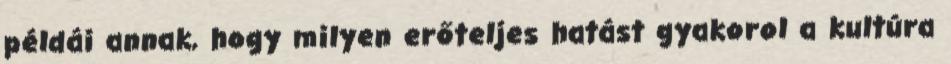
példái annak, hogy milyen erőteljes hatást gyakorol a kultúra